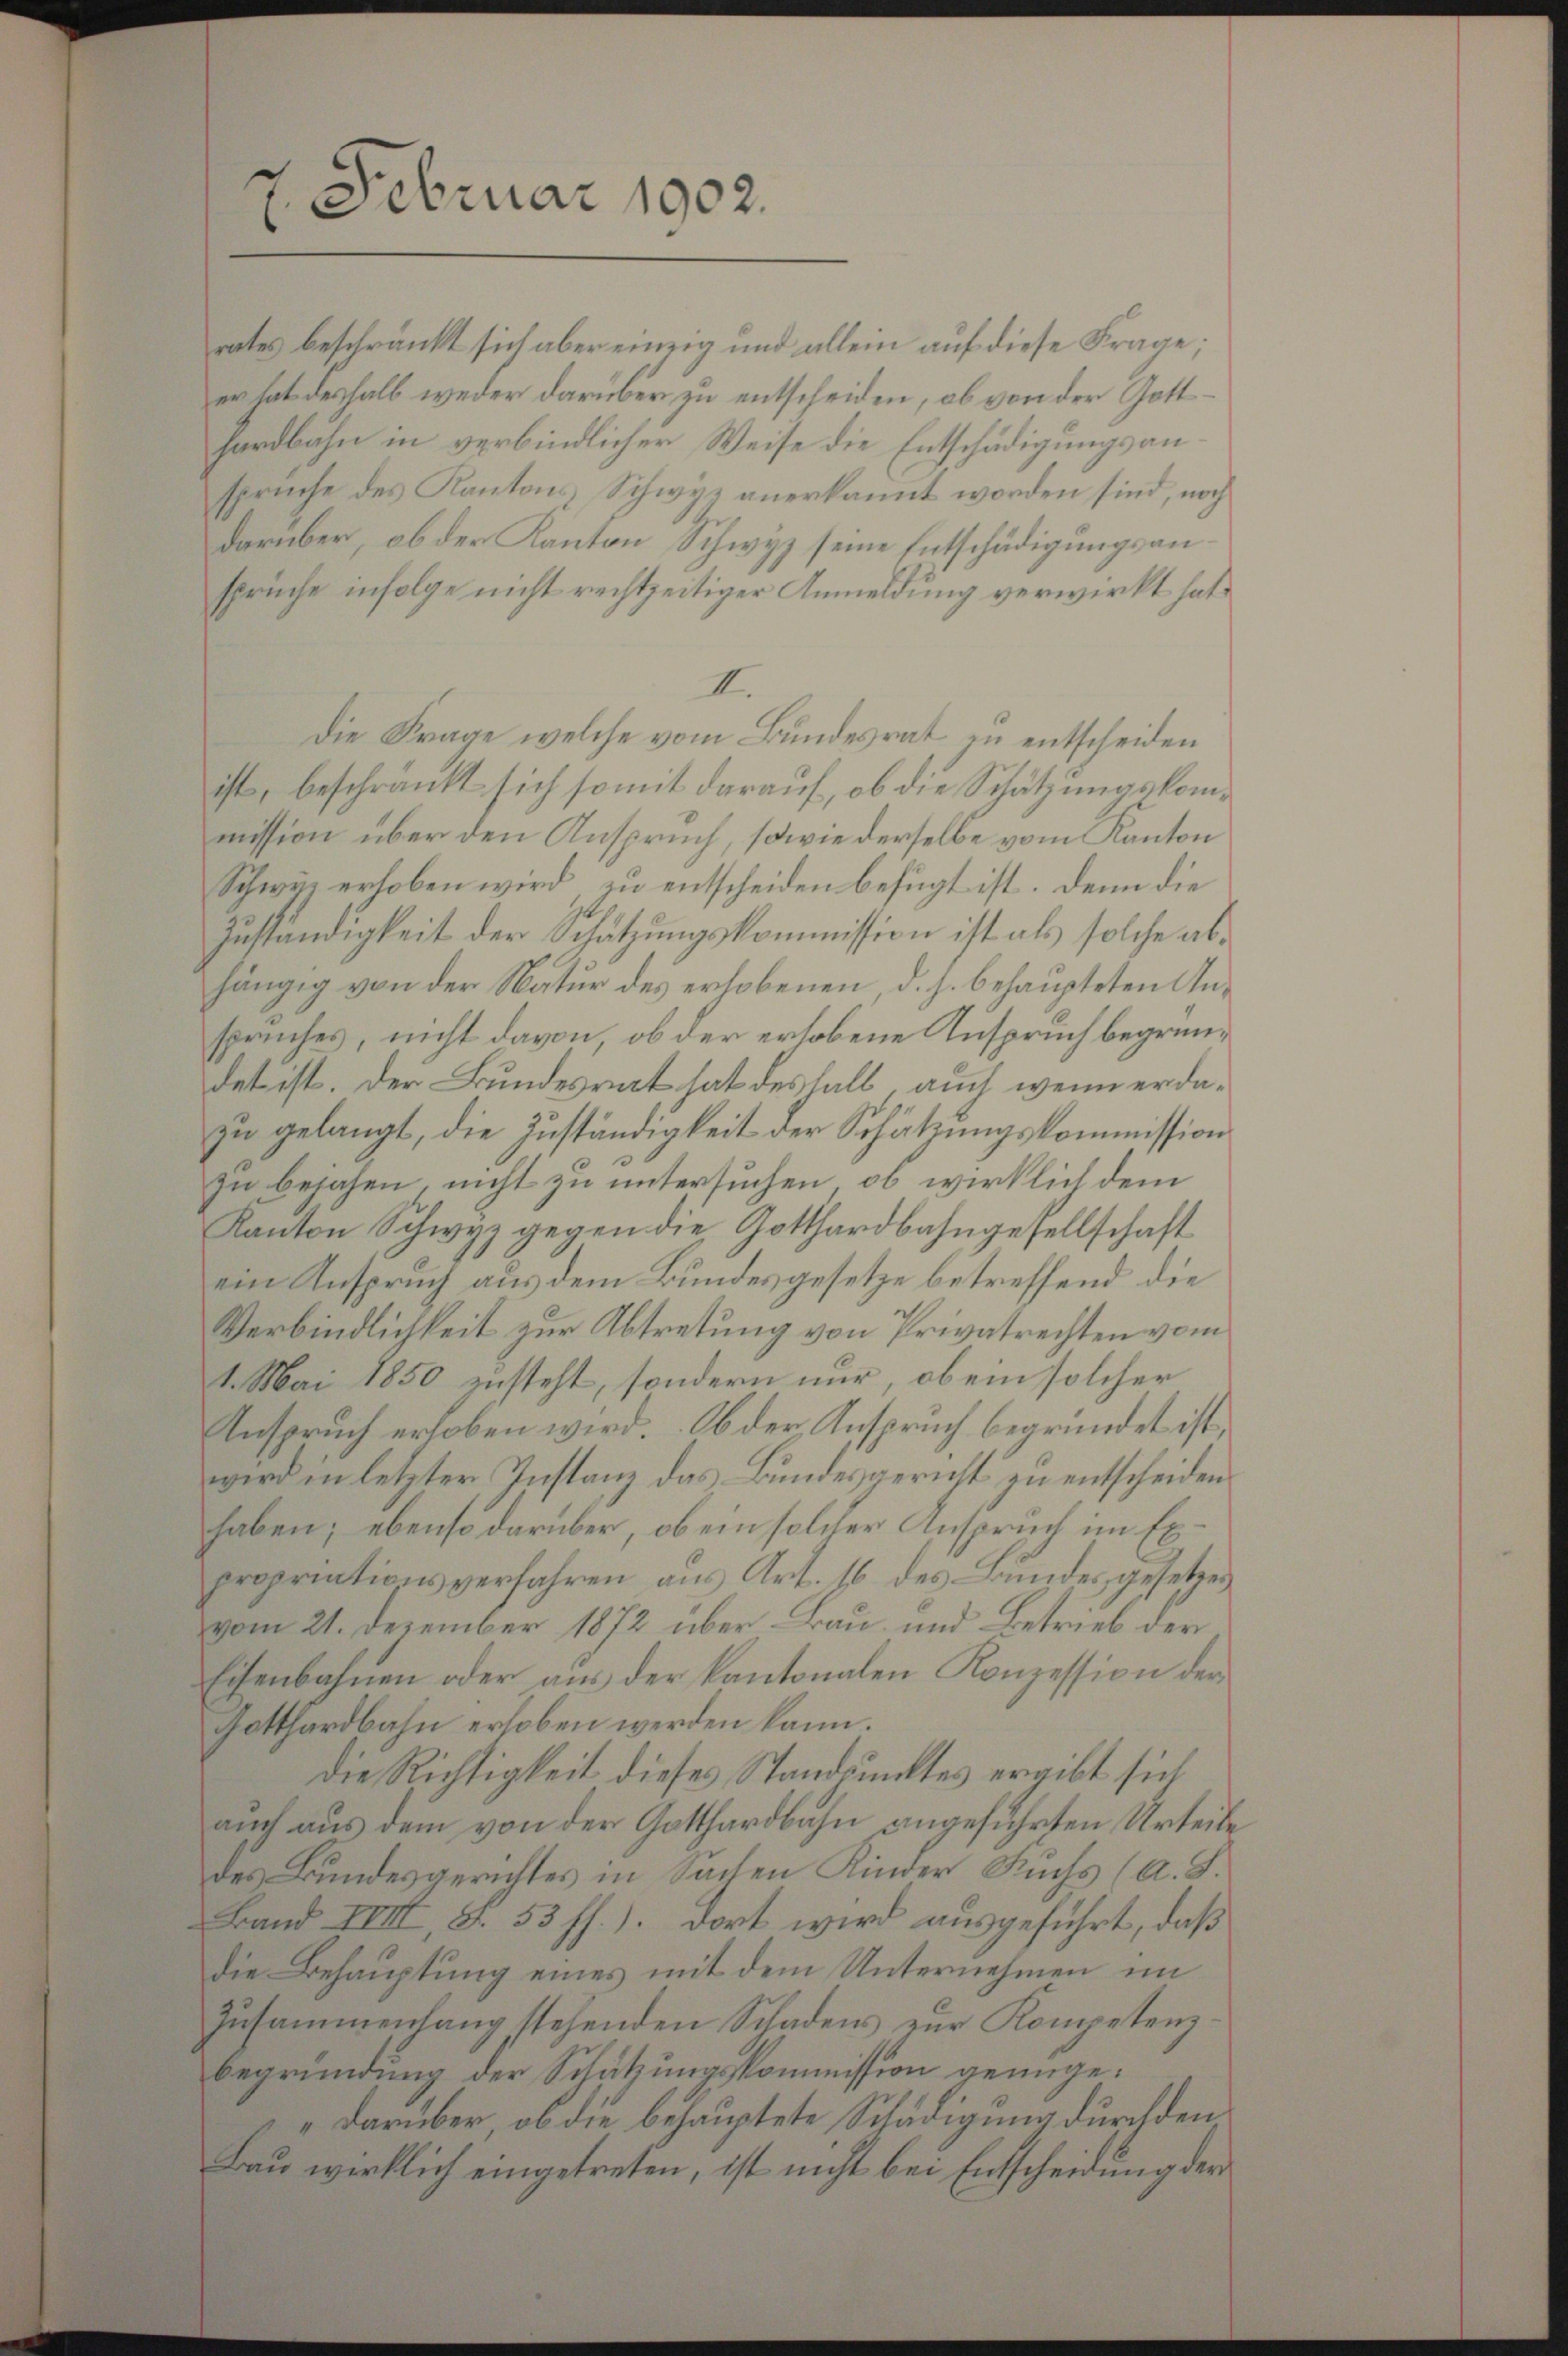
7. Februar 1902.

rates beschränkt sich aber einzig und allein auf diese Frage;
er hat deshalb weder darüber zu entscheiden, ob von der Gotthardbahn in verbindlicher Weise die Entschädigungsanspruche des Kantons Schwyz anerkannt worden sind, noch
darüber, ob der Kanton Schwyz seine Entschädigungsansprüche infolge nicht rechtzeitiger Anmeldung verwirkt hat.
II.
Die Frage welche vom Bundesrat in entscheiden
ist, beschränkt sich somit darauf, ob die Schätzungskommission über den Anspruch, sowie derselbe vom Kanton
Schwyz erhoben wird zu entscheiden befügt ist. Denn die
Zuständigkeit der Schätzungskommission ist als solche abhängig von der Natur des erhobenen, d. h. behaupteten Anspruches, nicht davon, ob der erhobene Anspruch begründet ist. Der Bundesrat hat deshalb auch wenn erdazu gelangt, die Zuständigkeit der Schätzungskommission
zu bejahen, nicht zu untersuchen, ob wirklich dem
Kanton Schwyz gegen die Gotthardbahngesellschaft
ein Anspruch aus dem Bundesgesetze betreffend die
Verbindlichkeit zur Abtretung von Privatrechten vom
1. Mai 1850 zusteht, sondern nur, ob ein solcher
Anspruch erhoben wird. Ob der Anspruch begründet ist,
wird in letzter Instanz das Bundesgericht zu entscheiden
haben; ebenso darüber, ob ein solcher Anspruch im Expropriationsverfahren aus Art. 16 des andes gesetzes
vom 21. Dezember 1872 über Bau- und Betrieb der
Eisenbahnen oder aus der Kantonalen Konzession der
Gotthardbahn erloben werden kann.
Die Richtigkeit dieses Standpunktes ergibt sich
auch aus dem von der Gotthardbahn angeführten Urteile
des Bundesgerichtes in Sachen Kinder Fuchs (a. S.
Band IVIII, S. 53 ff.). Dort wird ausgeführt, daß
die Behauptung eines mit dem Unternehmen im
Zusammenhang stehenden Schadens zur Kompetenz
begründung der Schätzungskommission genüge.
„darüber ob die behauptete Schädigung durch den
Bau wirklich eingetreten, ist nicht bei Entscheidung der